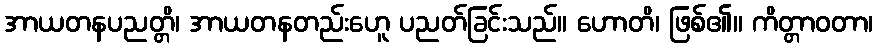
အာယတနပညတ္တိ၊ အာယတနတည်းဟေူ ပညတ်ခြင်းသည်။ ဟောတိ၊ ဖြစ်၏။ ကိတ္တာဝတာ၊